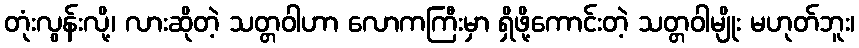
တုံးလွန်းလို့၊ လားဆိုတဲ့ သတ္တဝါဟာ လောကကြီးမှာ ရှိဖို့ကောင်းတဲ့ သတ္တဝါမျိုး မဟုတ်ဘူး၊